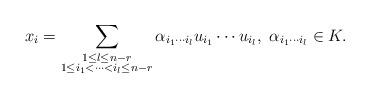
LaTeX: \begin{align*}x_i&=\sum_{\substack {1\leq l\leq n-r\\ 1\leq i_1<\cdots<i_l\leq n-r}}\alpha_{i_1\cdots i_l} u_{i_1}\cdots u_{i_l},\ \alpha_{i_1\cdots i_l}\in K.\end{align*}